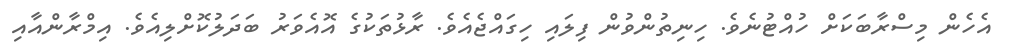
އެހެން މިސްރާބަކަށް ހުއްޓުނެވެ. ހިނިތުންވުން ފިލައި ހިގައްޖެއެވެ. ރާޅުތަކުގެ އޮއެވަރު ބަދަލުކޮށްލިއެވެ. އިމްރާންއާއި